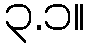
၃.၁။